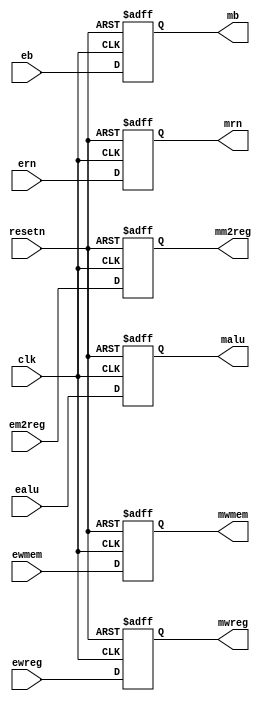
// pipe EXE/MEM reg
module pipeemreg_M_reg (ewreg,em2reg,ewmem,ealu,eb,ern,
								clk,resetn,
								mwreg,mm2reg,mwmem,malu,mb,mrn);

    input 			ewreg,em2reg,ewmem,clk,resetn;
	 input [4:0] 	ern;
    input [31:0] 	ealu,eb;

	 output reg 		 mwreg,mm2reg,mwmem;
    output reg [4:0]  mrn;
    output reg [31:0] malu,mb;

    always @ (posedge clk or negedge resetn)
		begin
			if (resetn == 0) begin
				mwreg  <= 0;
				mm2reg <= 0;
				mwmem  <= 0;
				malu   <= 0;
				mb     <= 0;
				mrn    <= 0;
			end else begin
				mwreg  <= ewreg;
				mm2reg <= em2reg;
				mwmem  <= ewmem;
				malu   <= ealu;
				mb     <= eb;
				mrn    <= ern;
			end
		end
		
endmodule